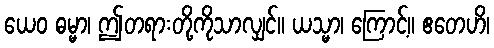
ယေဝ ဓမ္မာ၊ ဤတရားတို့ကိုသာလျှင်။ ယသ္မာ၊ ကြောင့်။ ဧတေဟိ၊